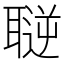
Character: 𦗄